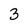
Character: 3